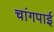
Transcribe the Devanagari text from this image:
चांगपाई